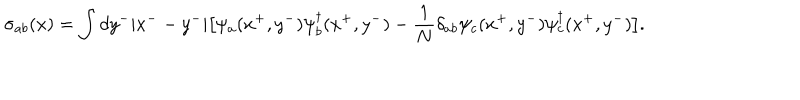
\sigma _ { a b } ( x ) = \int d y ^ { - } | x ^ { - } - y ^ { - } | \big [ \psi _ { a } ( x ^ { + } , y ^ { - } ) \psi _ { b } ^ { \dagger } ( x ^ { + } , y ^ { - } ) - { \frac { 1 } { N } } \delta _ { a b } \psi _ { c } ( x ^ { + } , y ^ { - } ) \psi _ { c } ^ { \dagger } ( x ^ { + } , y ^ { - } ) \big ] .